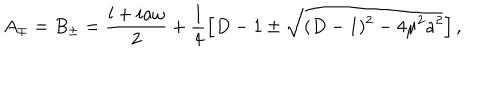
A _ { \mp } = B _ { \pm } = \frac { l + i a \omega } { 2 } + \frac { 1 } { 4 } \left[ D - 1 \pm \sqrt { ( D - 1 ) ^ { 2 } - 4 \mu ^ { 2 } a ^ { 2 } } \right] ,